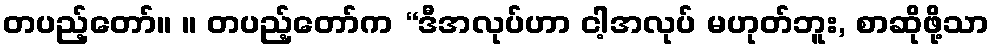
တပည့်တော်။ ။ တပည့်တော်က “ဒီအလုပ်ဟာ ငါ့အလုပ် မဟုတ်ဘူး, စာဆိုဖို့သာ